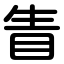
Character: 眚